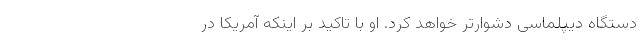
دستگاه دیپلماسی دشوارتر خواهد کرد. او با تاکید بر اینکه آمریکا در